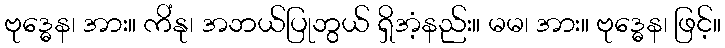
ဗုဒ္ဓေန၊ အား။ ကိံနု၊ အဘယ်ပြုဘွယ် ရှိအံ့နည်း။ မမ၊ အား။ ဗုဒ္ဓေန၊ ဖြင့်။